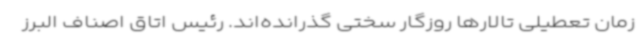
زمان تعطیلی تالارها روزگار سختی گذرانده‌اند. رئیس اتاق اصناف البرز